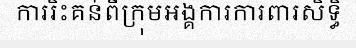
ការរិះគន់ពីក្រុមអង្គការការពារសិទ្ធិ